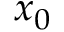
{ x } _ { 0 }